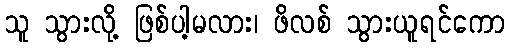
သူ သွားလို့ ဖြစ်ပါ့မလား၊ ဖိလစ် သွားယူရင်ကော